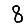
Digit: 8